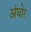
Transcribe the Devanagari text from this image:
अंघोर